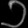
Digit: ၁